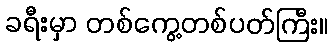
ခရီးမှာ တစ်ကွေ့တစ်ပတ်ကြီး။